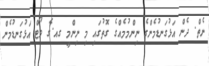
ނެތް. ދެން އަޅުގަނޑުމެންގެ ނިންމުމެއްގެ ގޮތުގައި މި ނިންމީ ގއ.ގެ ވޯޓް އަޅުގަނޑުމެން